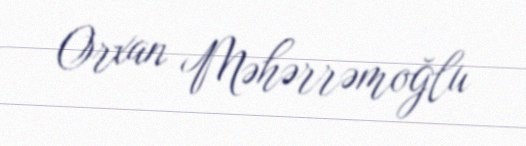
Orxan Məhərrəmoğlu